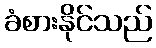
ခံစားနိုင်သည်